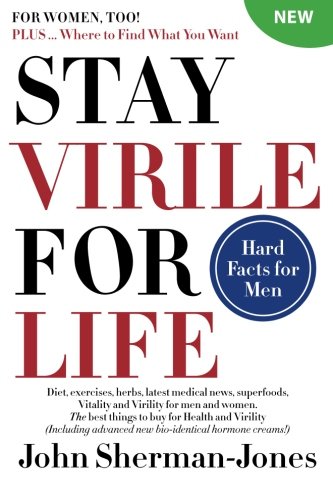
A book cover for Stay Virile for Life: Where to find what you want; John Sherman-Jones; Health, Fitness & Dieting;